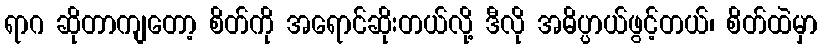
ရာဂ ဆိုတာကျတော့ စိတ်ကို အရောင်ဆိုးတယ်လို့ ဒီလို အဓိပ္ပာယ်ဖွင့်တယ်၊ စိတ်ထဲမှာ